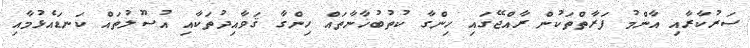
ސަރުކާރާއި އާންމު ފަރާތްތަކުން ރާއްޖޭގައި ހިންގާ ކުތުބުޚާނާތައް ހިންގާ ޤަވާއިދުތަކާއި އުސޫލުތައް ކަނޑައެޅުމާއި